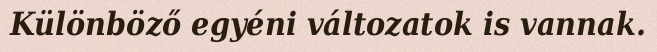
Különböző egyéni változatok is vannak.